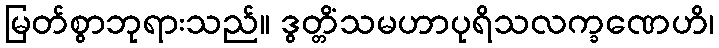
မြတ်စွာဘုရားသည်။ ဒွတ္တိံသမဟာပုရိသလက္ခဏေဟိ၊